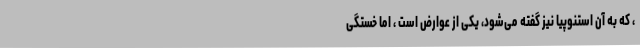
، که به آن استنوپیا نیز گفته می‌شود، یکی از عوارض است ، اما خستگی